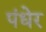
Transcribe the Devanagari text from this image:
पंधेर